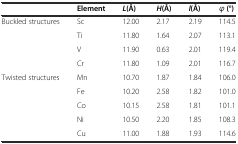
|  | Element | L(Å) | H(Å) | l(Å) | φ (°) |
 | --- | --- | --- | --- | --- | --- |
 | Buckled structures | Sc | 12.00 | 2.17 | 2.19 | 114.5 |
 |  | Ti | 11.80 | 1.64 | 2.07 | 113.1 |
 |  | V | 11.90 | 0.63 | 2.01 | 119.4 |
 |  | Cr | 11.80 | 1.09 | 2.01 | 116.7 |
 | Twisted structures | Mn | 10.70 | 1.87 | 1.84 | 106.0 |
 |  | Fe | 10.20 | 2.58 | 1.82 | 101.0 |
 |  | Co | 10.15 | 2.58 | 1.81 | 101.1 |
 |  | Ni | 10.50 | 2.20 | 1.85 | 108.3 |
 |  | Cu | 11.00 | 1.88 | 1.93 | 114.6 |